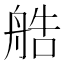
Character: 艁